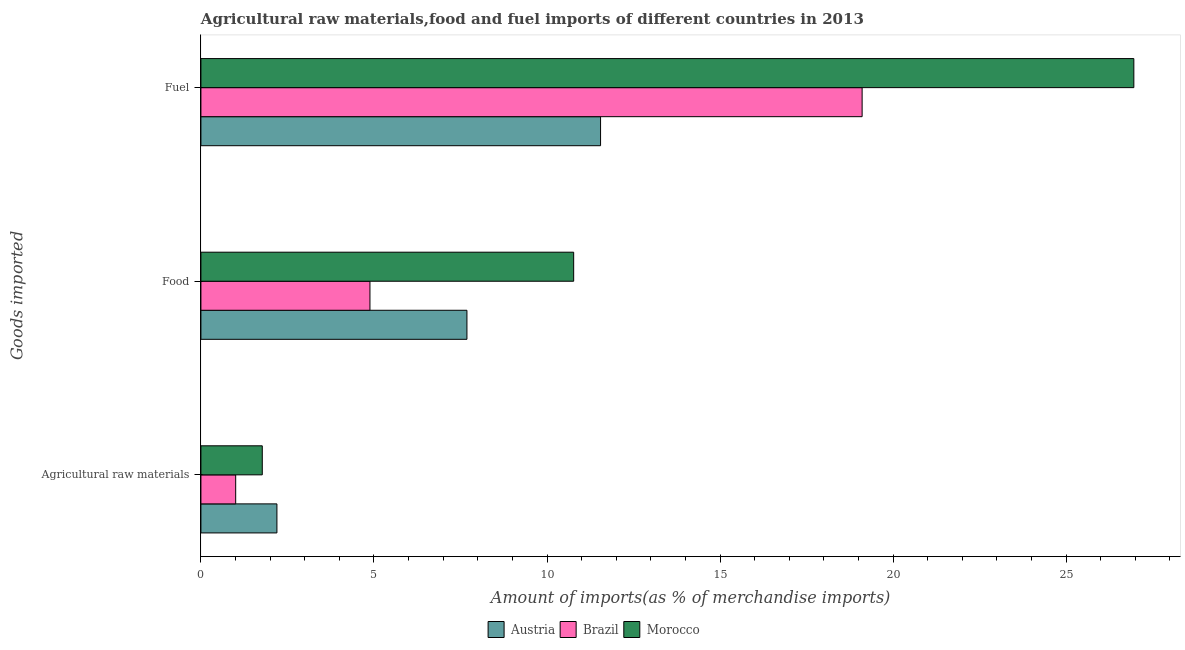
| Goods imported | Austria | Brazil | Morocco |
 | --- | --- | --- | --- |
 | Agricultural raw materials | 2.2 | 1 | 1.77 |
 | Food | 7.69 | 4.88 | 10.8 |
 | Fuel | 11.5 | 19.1 | 27 |